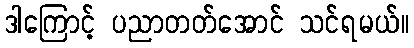
ဒါကြောင့် ပညာတတ်အောင် သင်ရမယ်။